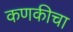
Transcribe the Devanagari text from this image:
कणकीचा